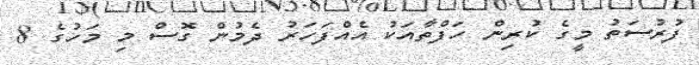
ފުރުސަތު މީގެ ކުރިން ހަފްތާއަކު އެއްފަހަރު ދެމުން ގޮސް މި މަހުގެ 8